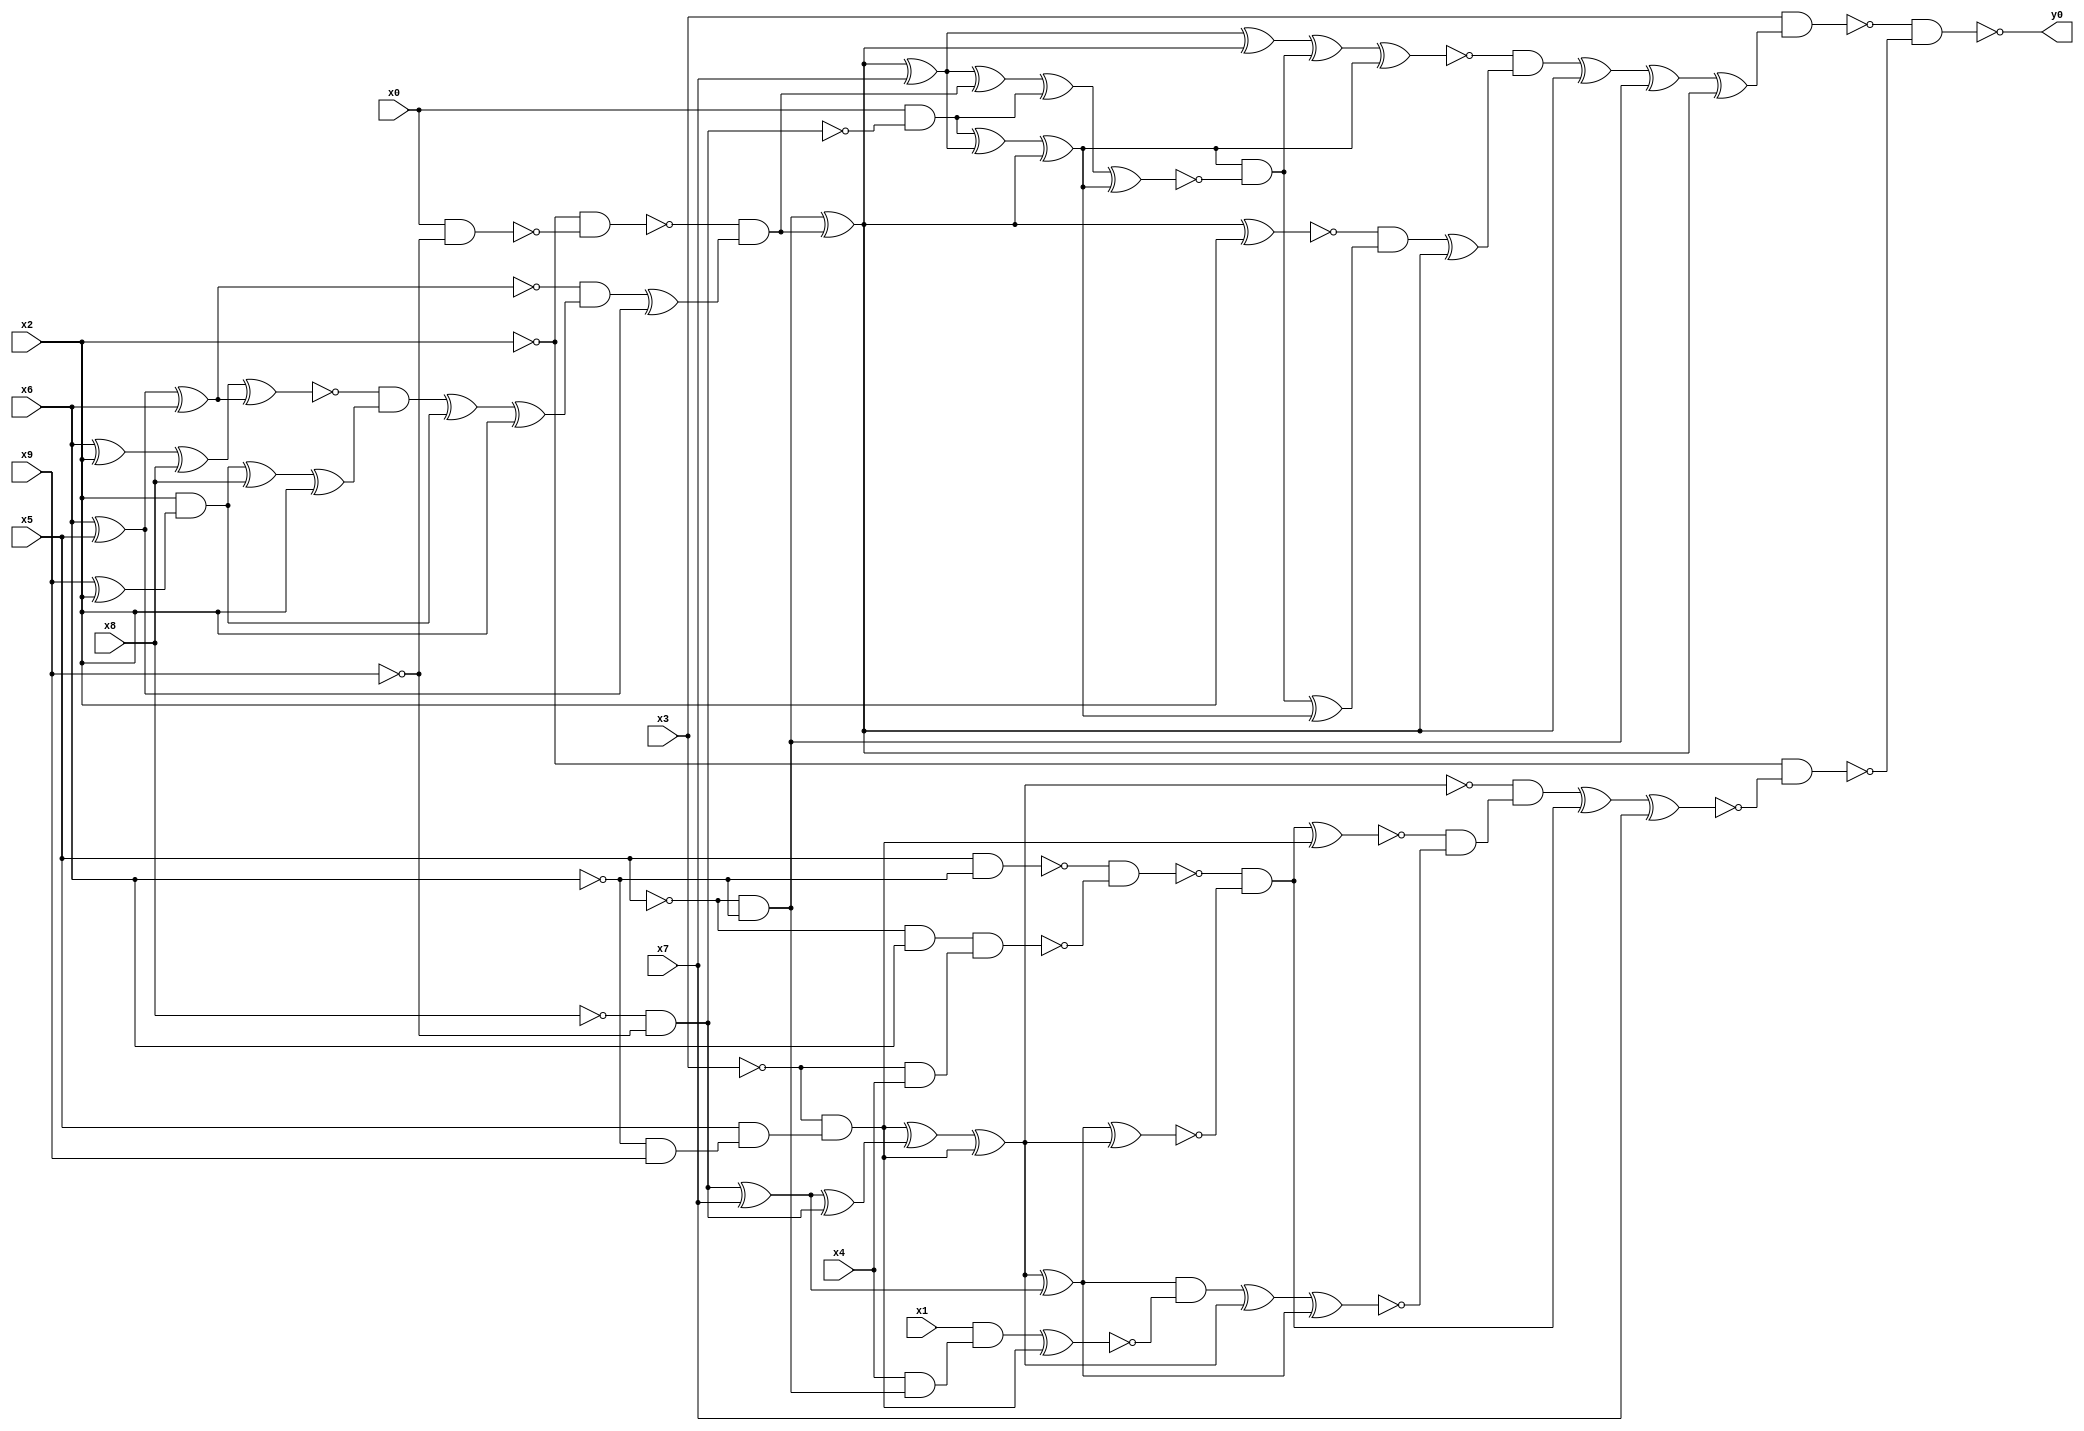
module top( x0 , x1 , x2 , x3 , x4 , x5 , x6 , x7 , x8 , x9 , y0 );
  input x0 , x1 , x2 , x3 , x4 , x5 , x6 , x7 , x8 , x9 ;
  output y0 ;
  wire n11 , n12 , n13 , n14 , n15 , n16 , n17 , n18 , n19 , n20 , n21 , n22 , n23 , n24 , n25 , n26 , n27 , n28 , n29 , n30 , n31 , n32 , n33 , n34 , n35 , n36 , n37 , n38 , n39 , n40 , n41 , n42 , n43 , n44 , n45 , n46 , n47 , n48 , n49 , n50 , n51 , n52 , n53 , n54 , n55 , n56 , n57 , n58 , n59 , n60 , n61 , n62 , n63 , n64 , n65 , n66 , n67 , n68 , n69 , n70 , n71 , n72 , n73 , n74 , n75 , n76 , n77 , n78 ;
  assign n28 = ~x5 & ~x6 ;
  assign n11 = x0 & ~x9 ;
  assign n12 = ~x2 & ~n11 ;
  assign n13 = x6 ^ x5 ;
  assign n14 = n13 ^ x6 ;
  assign n15 = x6 ^ x2 ;
  assign n16 = n15 ^ x8 ;
  assign n17 = n16 ^ n14 ;
  assign n18 = x9 ^ x2 ;
  assign n19 = x2 & n18 ;
  assign n20 = n19 ^ x8 ;
  assign n21 = n20 ^ x2 ;
  assign n22 = ~n17 & n21 ;
  assign n23 = n22 ^ n19 ;
  assign n24 = n23 ^ x2 ;
  assign n25 = ~n14 & n24 ;
  assign n26 = n25 ^ n13 ;
  assign n27 = ~n12 & n26 ;
  assign n29 = n28 ^ n27 ;
  assign n30 = n29 ^ x7 ;
  assign n39 = n30 ^ n29 ;
  assign n31 = ~x8 & ~x9 ;
  assign n32 = x0 & ~n31 ;
  assign n33 = n32 ^ n30 ;
  assign n34 = n33 ^ n29 ;
  assign n35 = n30 ^ n27 ;
  assign n36 = n35 ^ n32 ;
  assign n37 = n36 ^ n34 ;
  assign n38 = n34 & ~n37 ;
  assign n40 = n39 ^ n38 ;
  assign n41 = n40 ^ n34 ;
  assign n42 = n29 ^ x2 ;
  assign n43 = n38 ^ n34 ;
  assign n44 = ~n42 & n43 ;
  assign n45 = n44 ^ n29 ;
  assign n46 = ~n41 & n45 ;
  assign n47 = n46 ^ n29 ;
  assign n48 = n47 ^ n28 ;
  assign n49 = n48 ^ n29 ;
  assign n50 = x3 & n49 ;
  assign n53 = ~x6 & x9 ;
  assign n54 = x5 & n53 ;
  assign n55 = ~x3 & n54 ;
  assign n51 = n31 ^ x7 ;
  assign n52 = n51 ^ n31 ;
  assign n56 = n55 ^ n52 ;
  assign n57 = n56 ^ n55 ;
  assign n58 = x5 & ~x6 ;
  assign n59 = ~x5 & x6 ;
  assign n60 = ~x3 & x4 ;
  assign n61 = n59 & n60 ;
  assign n62 = ~n58 & ~n61 ;
  assign n63 = n57 ^ n51 ;
  assign n64 = n63 ^ n57 ;
  assign n65 = ~n62 & ~n64 ;
  assign n66 = n65 ^ n55 ;
  assign n67 = x4 & n28 ;
  assign n68 = x1 & n67 ;
  assign n69 = n68 ^ n55 ;
  assign n70 = n63 & ~n69 ;
  assign n71 = n70 ^ n57 ;
  assign n72 = n71 ^ n63 ;
  assign n73 = ~n66 & ~n72 ;
  assign n74 = ~n57 & n73 ;
  assign n75 = n74 ^ n65 ;
  assign n76 = n75 ^ x7 ;
  assign n77 = ~x2 & ~n76 ;
  assign n78 = ~n50 & ~n77 ;
  assign y0 = ~n78 ;
endmodule